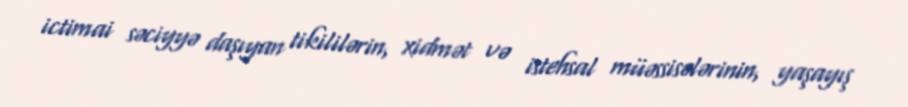
ictimai səciyyə daşıyan tikililərin, xidmət və istehsal müəssisələrinin, yaşayış